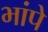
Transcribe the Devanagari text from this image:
भांपे